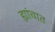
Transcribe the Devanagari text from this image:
ह्यांचात